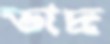
ভাদ্র